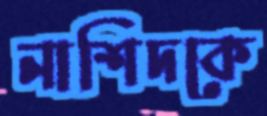
নাশিদকে